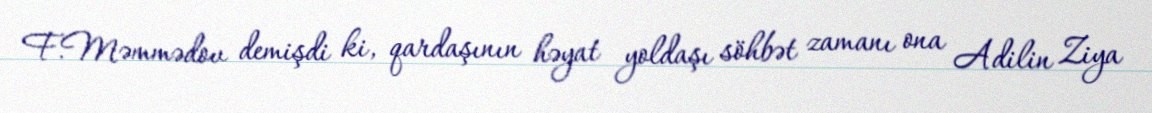
F.Məmmədov demişdi ki, qardaşının həyat yoldaşı söhbət zamanı ona Adilin Ziya